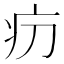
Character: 𤴬